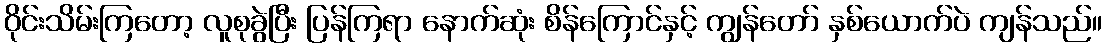
ဝိုင်းသိမ်းကြတော့ လူစုခွဲပြီး ပြန်ကြရာ နောက်ဆုံး စိန်ကြောင်နှင့် ကျွန်တော် နှစ်ယောက်ပဲ ကျန်သည်။